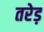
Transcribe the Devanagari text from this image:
तरेड़